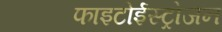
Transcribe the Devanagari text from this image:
फाइटोईस्ट्रोजन